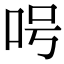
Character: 呺